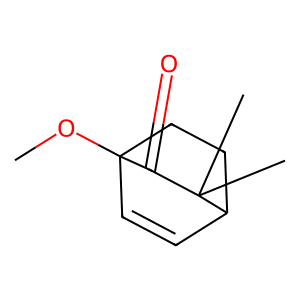
SMILES: COC12C=CC(CC1)C(C)(C)C2=O
Inhibits HIV replication: No